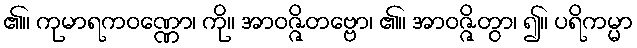
၏။ ကုမာရကဝဏ္ဏော၊ ကို။ အာဝဇ္ဇိတဗ္ဗော၊ ၏။ အာဝဇ္ဇိတွာ၊ ၍။ ပရိကမ္မာ